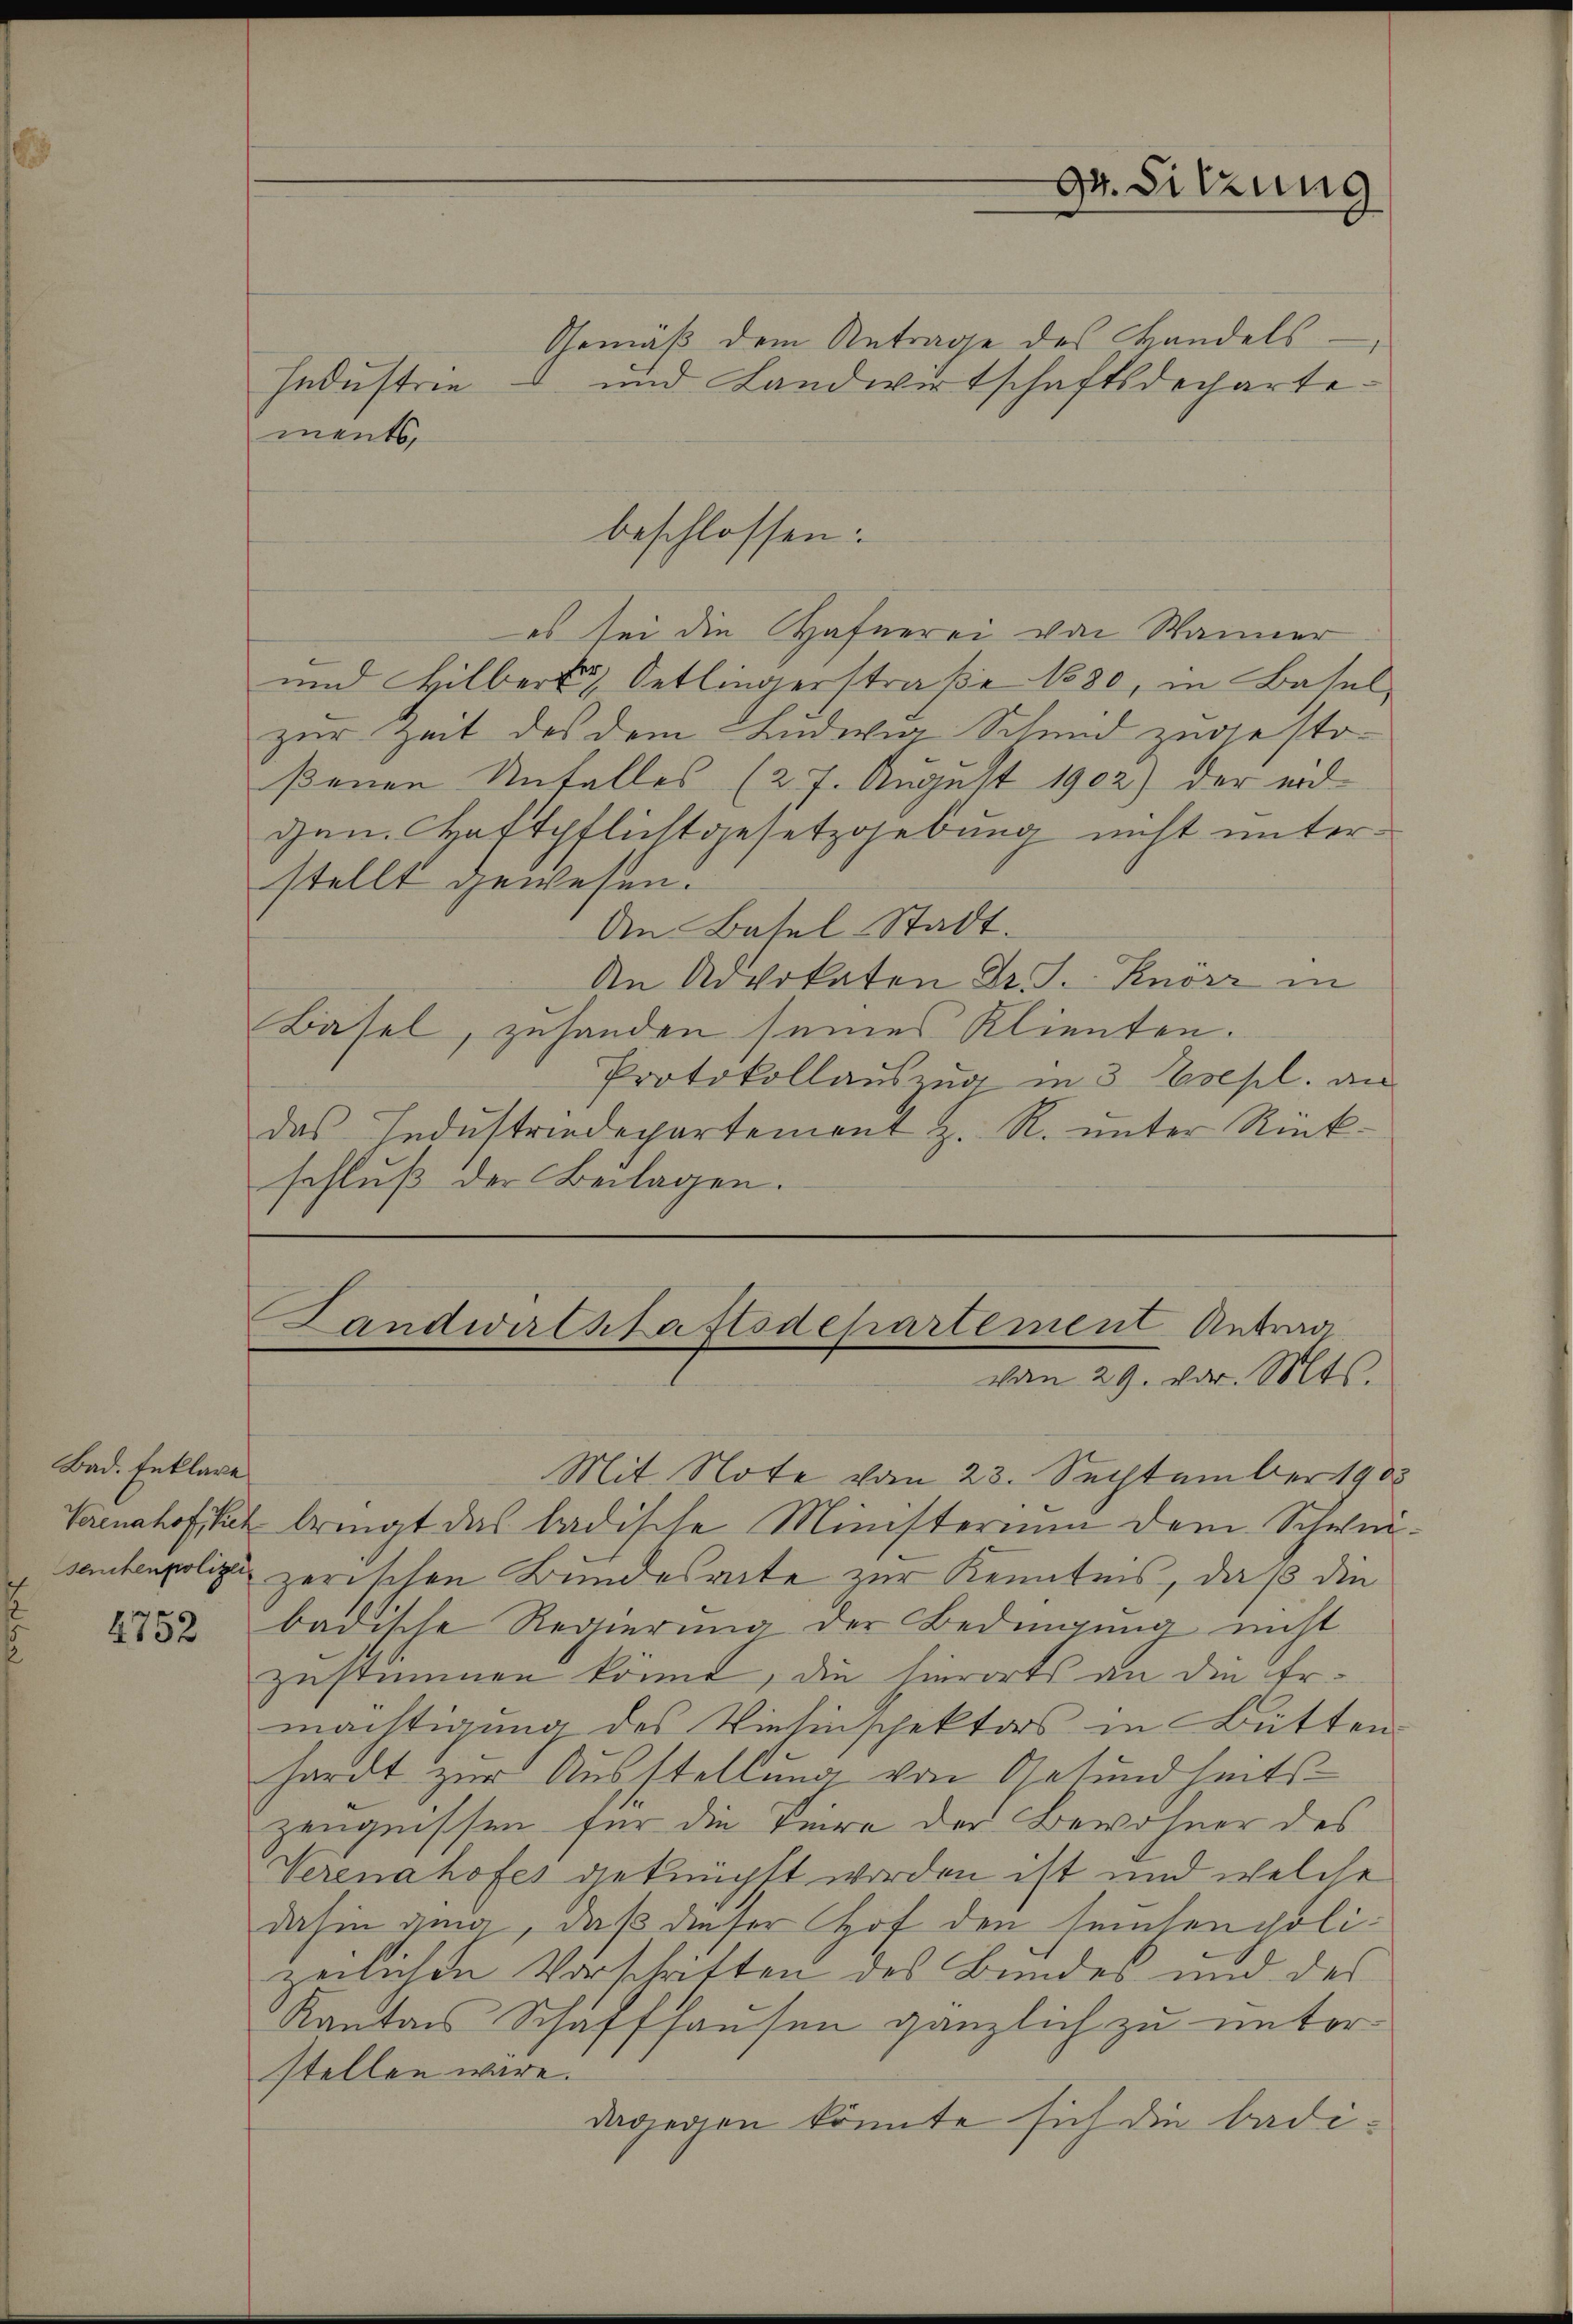
Bad. Erkläre
seuchenpolizei

4752

Industrie

Gemäß dem Antrage des Handels.
und Landwirtschaftsdecharte.
es sei die Hafnerei von Wanner
und Hilbert Oetlingerstraße 1880, in Basel
zur Zeit des dem Ludwig-Schmid zugestoßenen Unfalles (27. August 1902) der eid
gen. Haftpflichtgesetzgebung nicht unterstellt gewesen.
An Basel-Stadt.
An Advokaten Dr. S. Knorz in
Basel, zuhanden seines Klienten.
Protokollauszug in 3 Eolsl. an
das Industriedepartement z. R. unter Rückschluß der Beilagen.

ments,

beschlossen:

gr. Sitzung

Landwirtshaftsdepartement Antrag
vom 29. vor. Mts.

Mit Note vom 23. September 1908
Vacnahofik bringt das badische Ministerium dem Schweizerischen Bundesrate zur Kenntnis, daß die
badische Regierung der Bedingung nicht
zustimmen könnt, die hierorts an die Ermächtigung des Viehinspektors in Bütten
hardt zur Ausstellung von Gesundheits-
zeugnissen für die Teire der Bewohner des
Verenahofes geknüpft worden ist und welche
dahin ging, daß dieser Hof den seuchenpolizeilichen Vorschriften des Bundes und des
Kantons Schaffhausen gänzlich zu unter-
stellen wäre.
dagegen könnte sich die badi¬